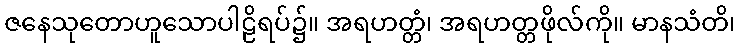
ဇနေသုတောဟူသောပါဠိရပ်၌။ အရဟတ္တံ၊ အရဟတ္တဖိုလ်ကို။ မာနသံတိ၊